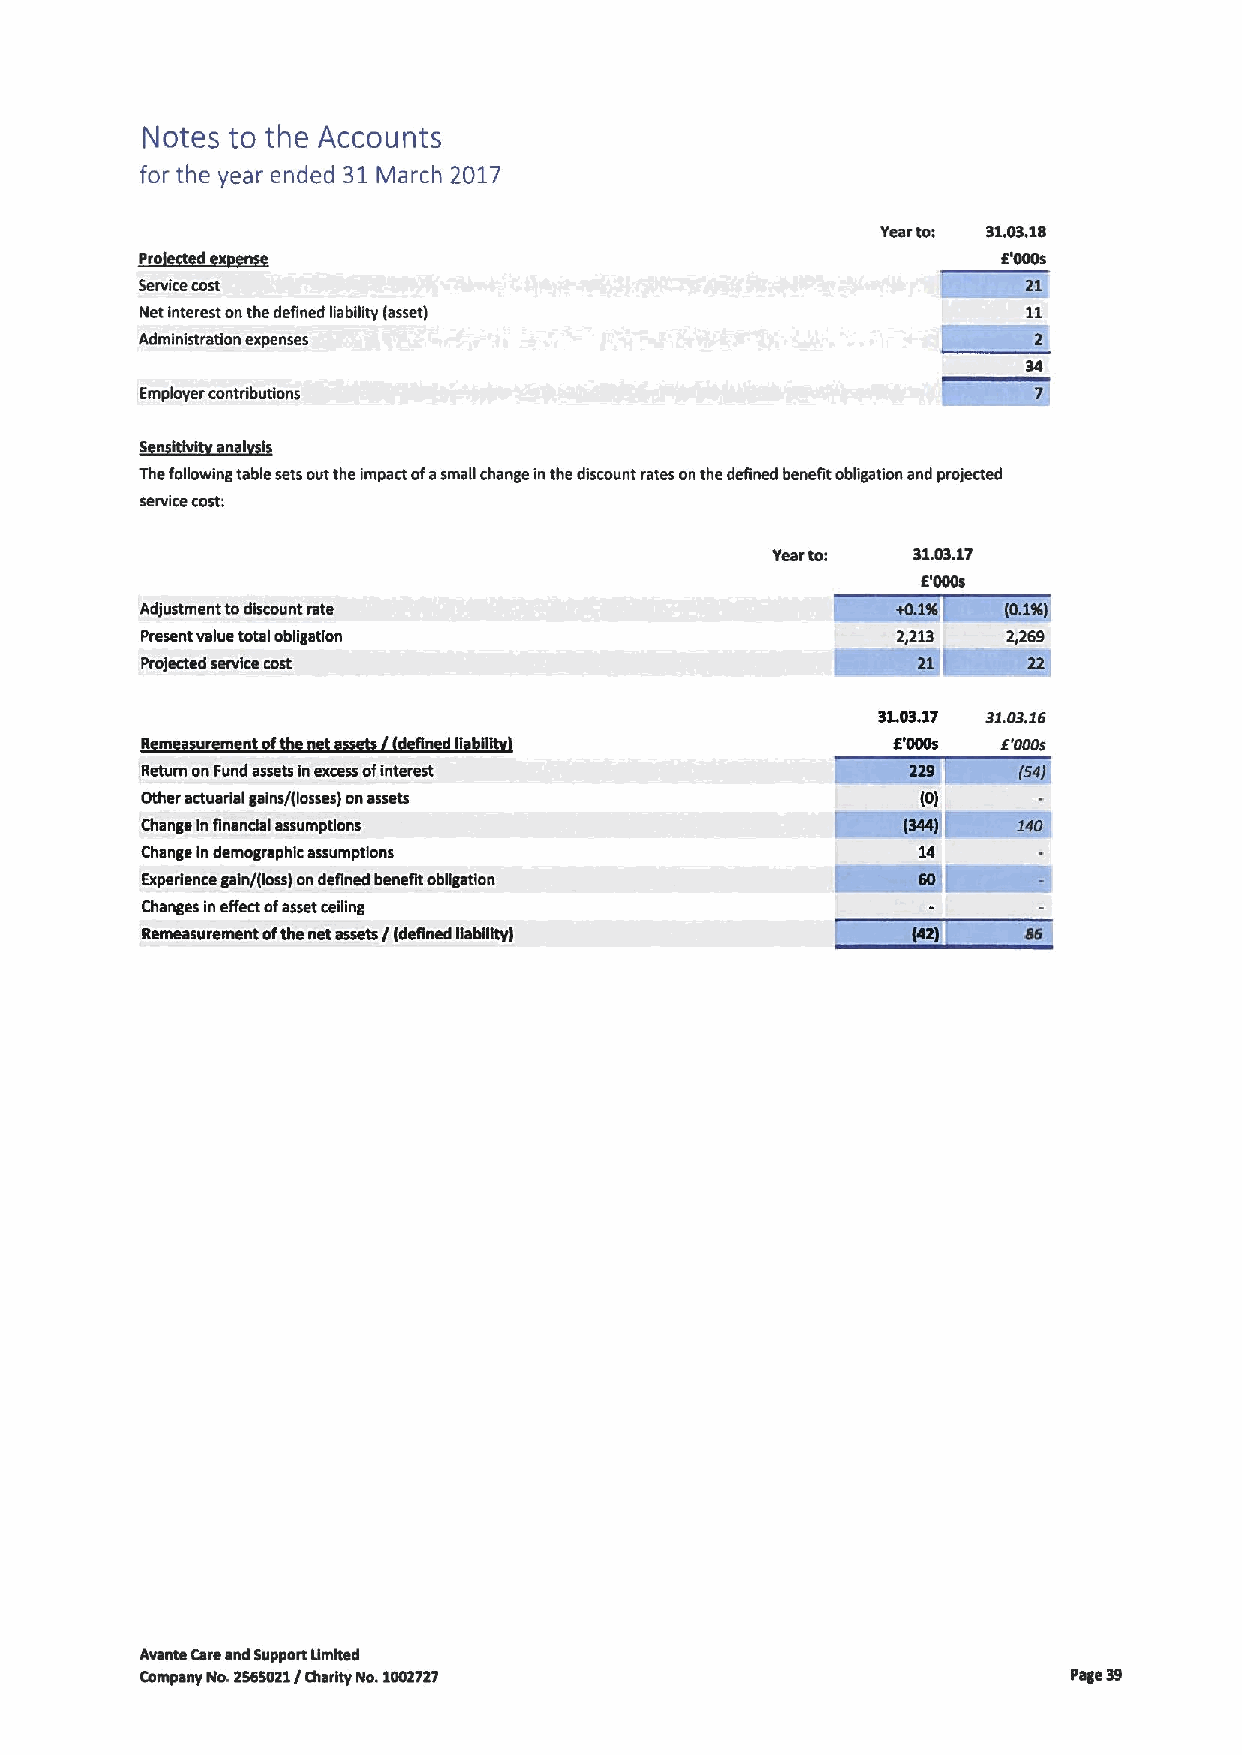
Notes to the Accounts
 for the year ended 31March 2017
 yeartoi 31.03.16
 jpro ggt~ggnng                                           6'000s
 Service cost
 Net interest onthe defined gabglty (asset)
 Administration expenses
 Employer contributions
 ~gi~ggfrn~li
 Thefollowing table sets out the impact ofasmall change inthe discount rates onthe defined benefit obligation and projected
 service cost:
 yearto:  S1.03.17
 E'000s
 Adjustment todiscount rate
 Present value total obligation                    2,213   2,269
 Projected service cost
 31.03.17 31.03J6
 m   m n          n 0 il                         6'000s E'000s
 Return on Fund assets inexcessofinterest
 Other actuarial gains/(losses) onassets             (0)
 Change Infinancial assumptions
 Change indemographic assumptions
 Experience gain/(loss) ondefined benefit obggatlon
 Changes Ineffectofasset ceiling
 Remeasurement ofthe net assets / (defined liability)
 Avante Careand Support Umhed
 Company No.2669021/Charity No.1002727                         Page 39